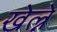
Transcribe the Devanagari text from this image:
खेल्ने